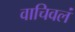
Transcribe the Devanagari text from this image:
वाचिवलं